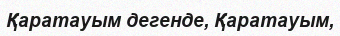
Қаратауым дегенде, Қаратауым,